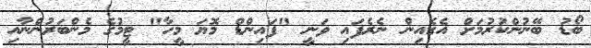
ބޯޑު ބޭނުންކުރުމަށް އެގެއިން ނެރެފައި ވަނީ "ފައިންޑް މޮޔަ މީހާ" ޓީމުގެ މެންބަރުންނާއި